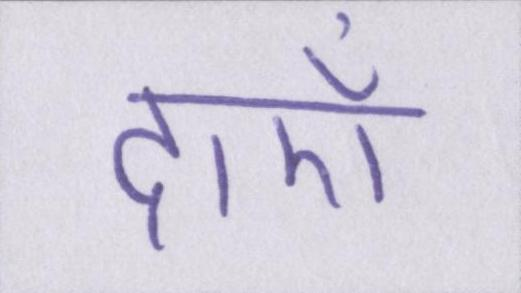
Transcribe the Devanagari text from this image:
दाएँ